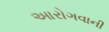
આરોગવાની